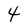
Character: 4